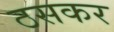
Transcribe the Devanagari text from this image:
ठसकर